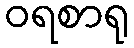
ဝရစာရု